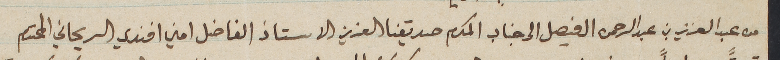
من عبد العزيز بن عبد الرحمن الفيصل الى جناب المكرم صديقنا العزيز الاستاذ الفاضل امين افندي الريحاني المحترم